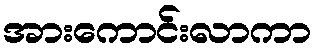
အားကောင်းလာကာ